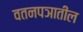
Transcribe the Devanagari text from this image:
वतनपञातील